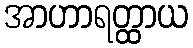
အာဟာရတ္ထာယ